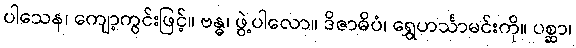
ပါသေန၊ ကျော့ကွင်းဖြင့်။ ဗန္ဓ၊ ဖွဲ့ပါလော။ ဒိဇာဓိပံ၊ ရွှေဟင်္သာမင်းကို။ ပစ္ဆာ၊